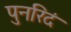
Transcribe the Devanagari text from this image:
पुनरिदं